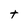
Character: t